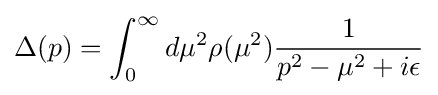
\Delta (p)=\int _{0}^{\infty }d\mu ^{2}\rho (\mu ^{2}){\frac {1}{p^{2}-\mu ^{2}+i\epsilon }}